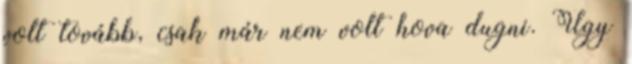
volt tovább, csak már nem volt hova dugni. Úgy